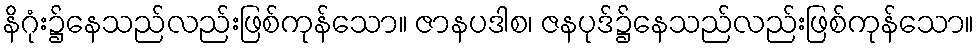
နိဂုံး၌နေသည်လည်းဖြစ်ကုန်သော။ ဇာနပဒါစ၊ ဇနပုဒ်၌နေသည်လည်းဖြစ်ကုန်သော။